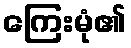
ကြေးမုံ၏